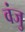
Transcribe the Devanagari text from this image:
वंजु